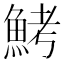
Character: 鮳